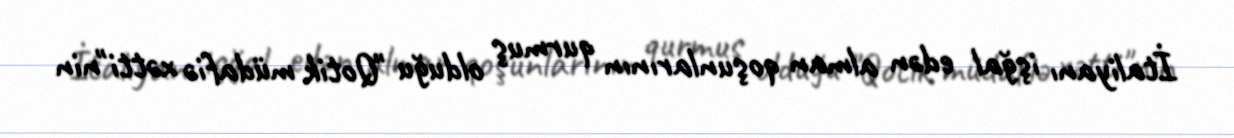
İtaliyanı işğal edən alman qoşunlarının qurmuş olduğu "Qotik müdafiə xətti"nin